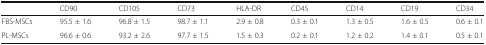
|  | CD90 | CD105 | CD73 | HLA-DR | CD45 | CD14 | CD19 | CD34 |
 | --- | --- | --- | --- | --- | --- | --- | --- | --- |
 | FBS-MSCs | 95.5 ± 1.6 | 96.8 ± 1.5 | 98.7 ± 1.1 | 2.9 ± 0.8 | 0.3 ± 0.1 | 1.3 ± 0.5 | 1.6 ± 0.5 | 0.6 ± 0.1 |
 | PL-MSCs | 96.6 ± 0.6 | 93.2 ± 2.6 | 97.7 ± 1.5 | 1.5 ± 0.3 | 0.2 ± 0.1 | 1.2 ± 0.2 | 1.4 ± 0.1 | 0.5 ± 0.1 |